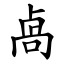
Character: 卨